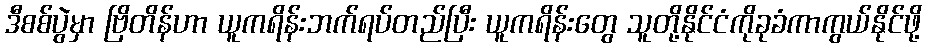
ဒီစစ်ပွဲမှာ ဗြိတိန်ဟာ ယူကရိန်းဘက်ရပ်တည်ပြီး ယူကရိန်းတွေ သူတို့နိုင်ငံကိုခုခံကာကွယ်နိုင်ဖို့